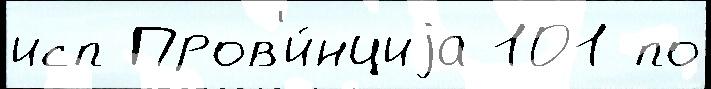
исп Пров'и́нциjа 101 по